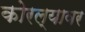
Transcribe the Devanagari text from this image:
कोरल्यावर